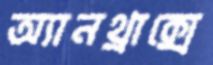
অ্যানথ্রাক্সে